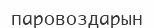
паровоздарын